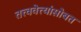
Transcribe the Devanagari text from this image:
तत्त्ववेत्त्यांसोबत